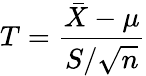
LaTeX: T={\frac{{\bar{X}}-\mu}{S/{\sqrt{n}}}}